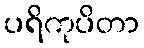
ပရိကုပိတာ